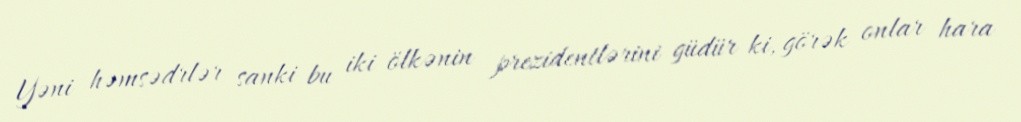
Yəni həmsədrlər sanki bu iki ölkənin prezidentlərini güdür ki, görək onlar hara